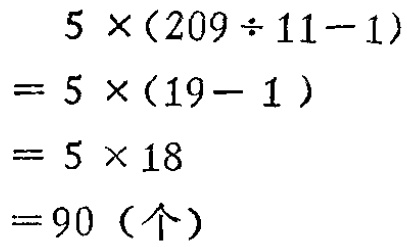
\[
\begin{align*}
&5\times(209\div11 - 1)\\
=&5\times(19 - 1)\\
=&5\times18\\
=&90 (\text{个})
\end{align*}
\]